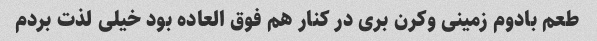
طعم بادوم زمینی و‌کرن بری در کنار هم فوق العاده بود خیلی لذت بردم